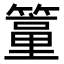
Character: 𥴁